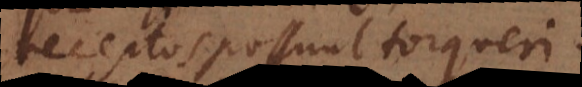
receptos possunt torqueri.